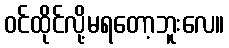
ဝင်ထိုင်လို့မရတော့ဘူးလေ။